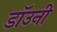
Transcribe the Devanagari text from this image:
डाॅउनी